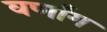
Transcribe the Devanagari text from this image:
वर्णांग